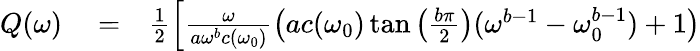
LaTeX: \begin{array}{rlr}{Q(\omega)}&{{}=}&{\frac{1}{2}\left[\frac{\omega}{a\omega^{b}c(\omega_{0})}\left(ac(\omega_{0})\tan\left(\frac{b\pi}{2}\right)(\omega^{b-1}-\omega_{0}^{b-1})+1\right)\right.}\end{array}